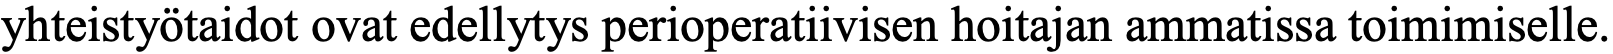
yhteistyötaidot ovat edellytys perioperatiivisen hoitajan ammatissa toimimiselle.